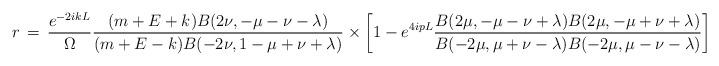
LaTeX: \begin{align*}r\,=\,\frac{e^{-2ikL}}{\Omega}\frac{(m+E+k)B(2\nu,-\mu-\nu-\lambda)}{(m+E-k)B(-2\nu,1-\mu+\nu+\lambda)}\times \left[1-e^{4ipL}\frac{B(2\mu,-\mu-\nu+\lambda) B(2\mu,-\mu+\nu+\lambda)}{B(-2\mu,\mu+\nu-\lambda) B(-2\mu,\mu-\nu-\lambda)}\right]\end{align*}